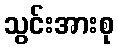
သွင်းအားစု